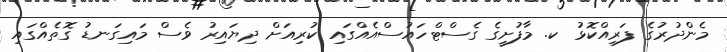
މެންދުރުގެ ފަރިއްކޮޅު ކ. މާފުށީގެ ގެސްޓްހައުސްއެއްގައި ކުރިއަށް ދިޔައިރު ވެސް މައިގަނޑު ގޮތެއްގައި